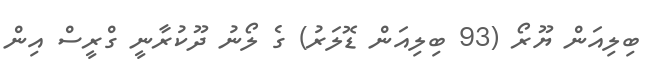
ބިލިއަން ޔޫރޯ (93 ބިލިއަން ޑޮލަރު) ގެ ލޯނު ދޫކުރާނީ ގްރީސް އިން